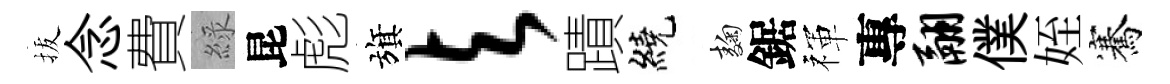
拔念費綠昆彪旗与蹟繞麹鋸禈專翮僕姪騫